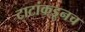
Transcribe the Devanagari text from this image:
टाटांकडूनच